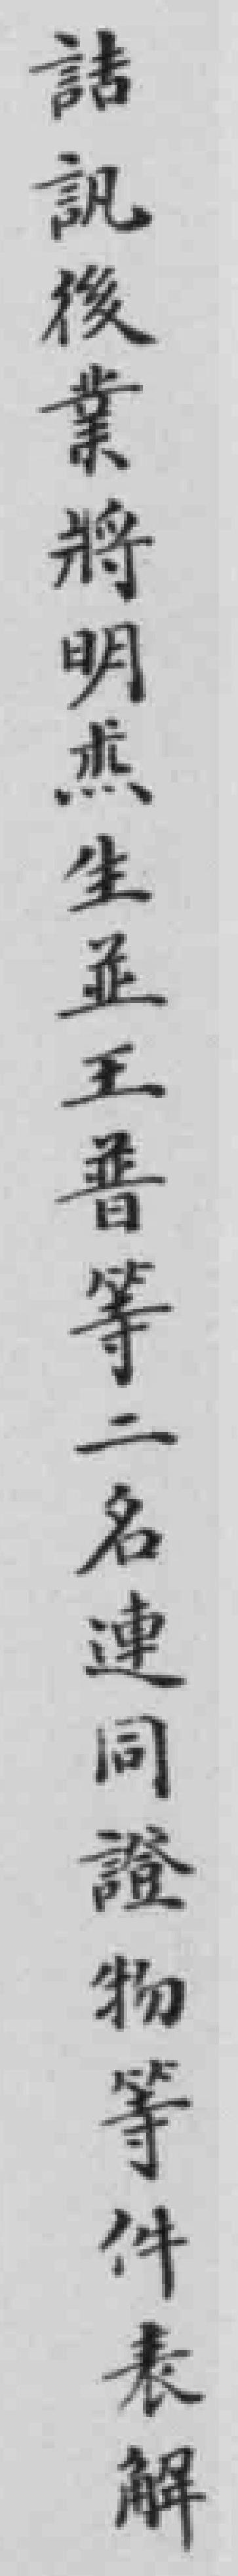
詰訊後業將明杰生並王普等二名連同證物等件表解